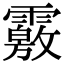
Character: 𩅢